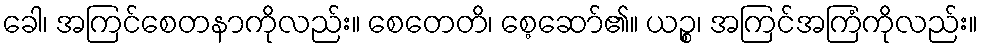
ခေါ၊ အကြင်စေတနာကိုလည်း။ စေတေတိ၊ စေ့ဆော်၏။ ယဉ္စ၊ အကြင်အကြံကိုလည်း။